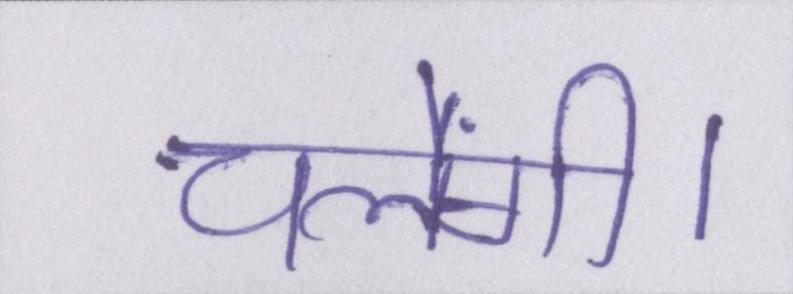
चलेंगी।